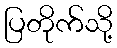
ပြတိုက်သို့